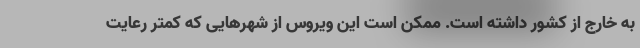
به خارج از کشور داشته است. ممکن است این ویروس از شهرهایی که کمتر رعایت